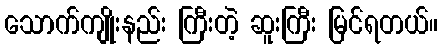
သောက်ကျိုးနည်း ကြီးတဲ့ ဆူးကြီး မြင်ရတယ်။